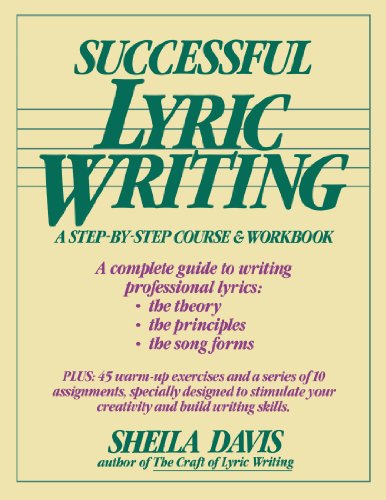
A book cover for Successful Lyric Writing: A Step-By-Step Course & Workbook; Sheila Davis; Arts & Photography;